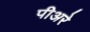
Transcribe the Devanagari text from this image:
पीअरे